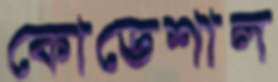
কোডেশাল